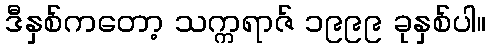
ဒီနှစ်ကတော့ သက္ကရာဇ် ၁၉၉၉ ခုနှစ်ပါ။